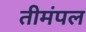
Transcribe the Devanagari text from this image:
तीमंपल